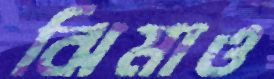
ঝিমাও